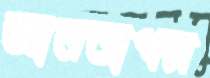
জ্ঞানতাপস